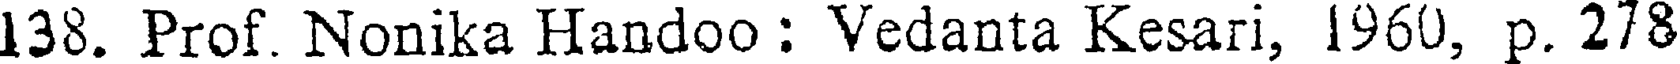
138. Prof. Nonika Handoo : Vedanta Kesari, 1960, p. 278